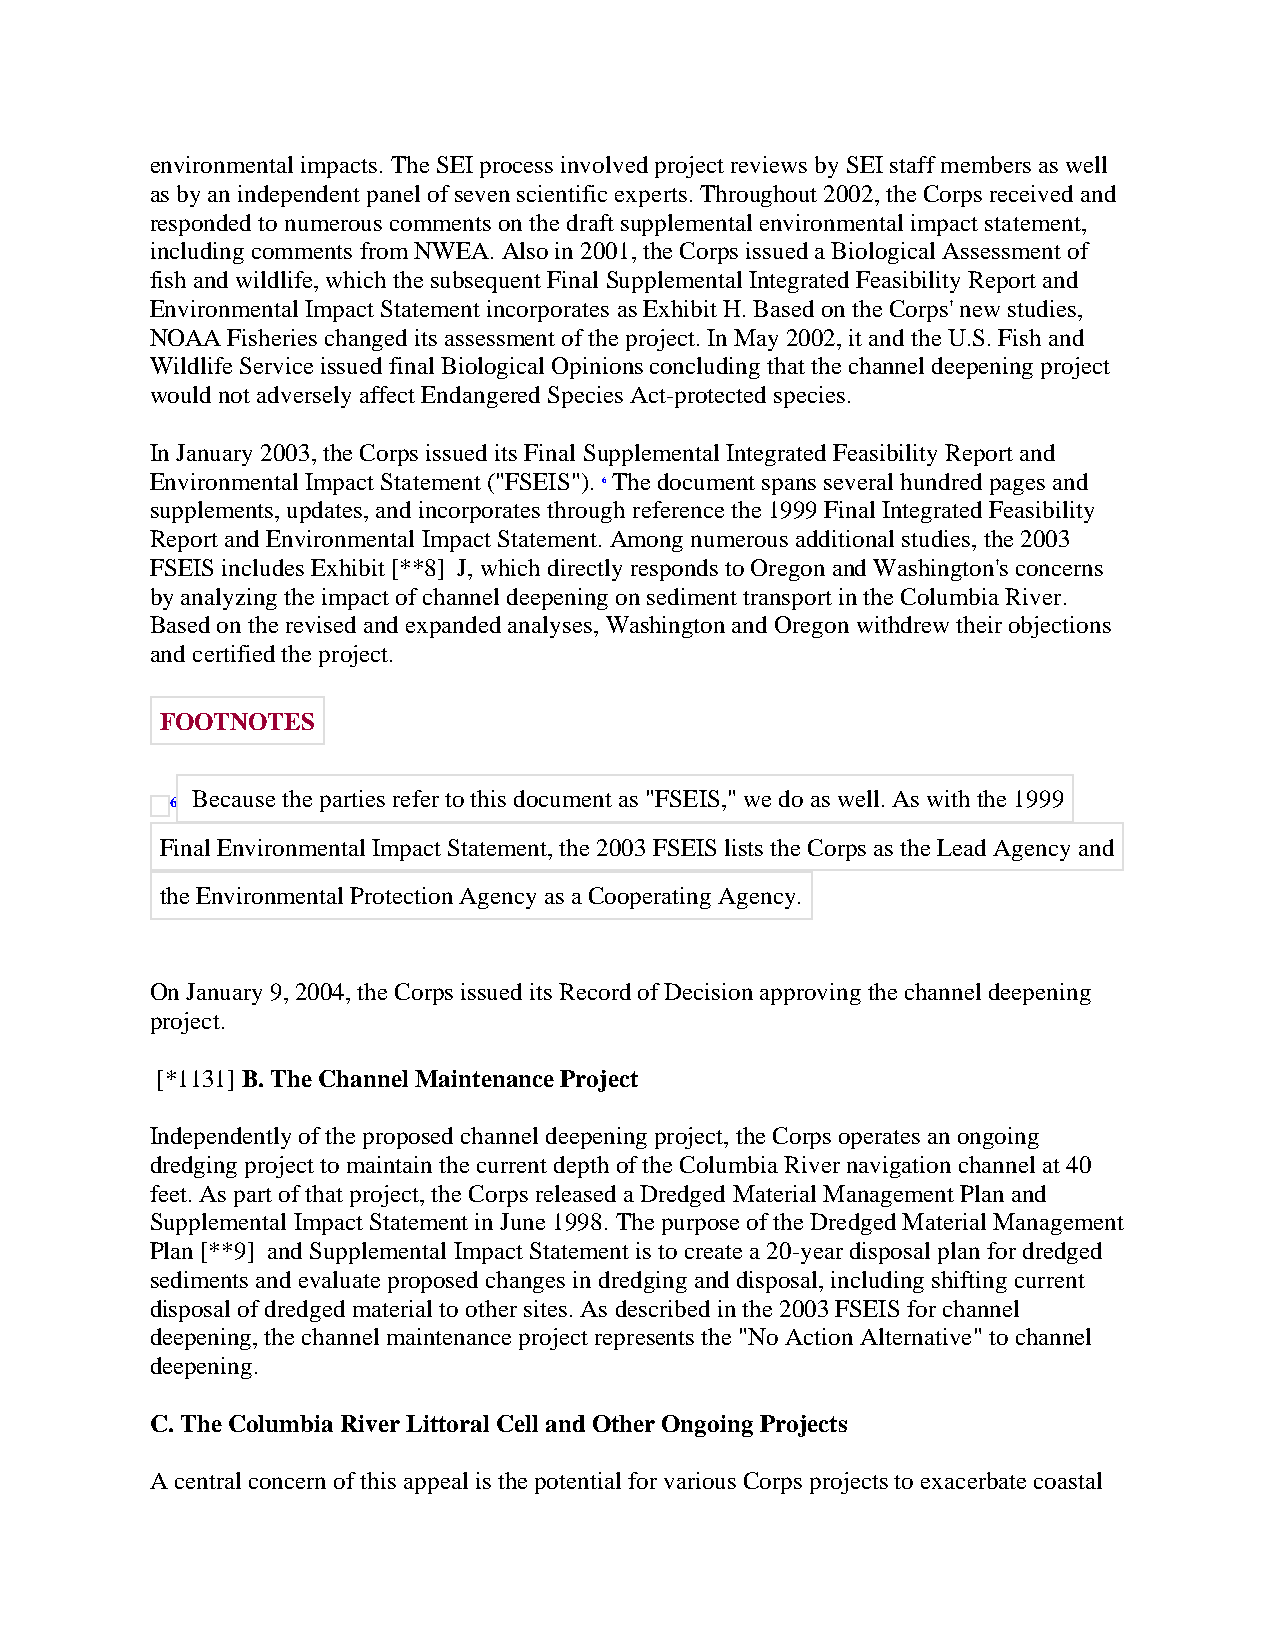
environmental impacts. The SEI process involved project reviews by SEI staff members as well
 as by an independent panel of seven scientific experts. Throughout 2002, the Corps received and
 responded to numerous comments on the draft supplemental environmental impact statement,
 including comments from NWEA. Also in 2001, the Corps issued a Biological Assessment of
 fish and wildlife, which the subsequent Final Supplemental Integrated Feasibility Report and
 Environmental Impact Statement incorporates as Exhibit H. Based on the Corps' new studies,
 NOAA Fisheries changed its assessment of the project. In May 2002, it and the U.S. Fish and
 Wildlife Service issued final Biological Opinions concluding that the channel deepening project
 would not adversely affect Endangered Species Act-protected species.
 In January 2003, the Corps issued its Final Supplemental Integrated Feasibility Report and
 Environmental Impact Statement ("FSEIS"). 6 The document spans several hundred pages and
 supplements, updates, and incorporates through reference the 1999 Final Integrated Feasibility
 Report and Environmental Impact Statement. Among numerous additional studies, the 2003
 FSEIS includes Exhibit [**8] J, which directly responds to Oregon and Washington's concerns
 by analyzing the impact of channel deepening on sediment transport in the Columbia River.
 Based on the revised and expanded analyses, Washington and Oregon withdrew their objections
 and certified the project.
 FOOTNOTES
 Because the parties refer to this document as "FSEIS," we do as well. As with the 1999
 6
 Final Environmental Impact Statement, the 2003 FSEIS lists the Corps as the Lead Agency and
 the Environmental Protection Agency as a Cooperating Agency.
 On January 9, 2004, the Corps issued its Record of Decision approving the channel deepening
 project.
 [*1131] B. The Channel Maintenance Project
 Independently of the proposed channel deepening project, the Corps operates an ongoing
 dredging project to maintain the current depth of the Columbia River navigation channel at 40
 feet. As part of that project, the Corps released a Dredged Material Management Plan and
 Supplemental Impact Statement in June 1998. The purpose of the Dredged Material Management
 Plan [**9] and Supplemental Impact Statement is to create a 20-year disposal plan for dredged
 sediments and evaluate proposed changes in dredging and disposal, including shifting current
 disposal of dredged material to other sites. As described in the 2003 FSEIS for channel
 deepening, the channel maintenance project represents the "No Action Alternative" to channel
 deepening.
 C. The Columbia River Littoral Cell and Other Ongoing Projects
 A central concern of this appeal is the potential for various Corps projects to exacerbate coastal